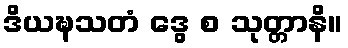
ဒိယဍ္ဎသတံ ဒွေ စ သုတ္တာနိ။